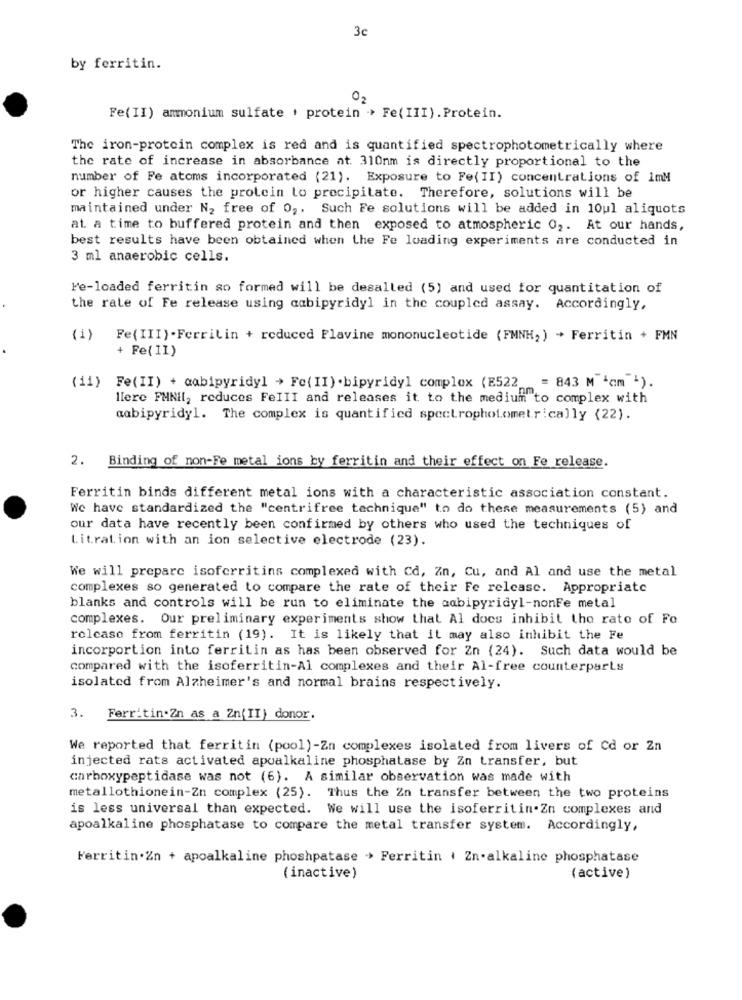
3c
by ferritin.
0,
Fe(II) ammonium sulfate . protein -> Fe( III). Protein.
The iron-protein complex is red and is quantified spectrophotometrically where
the rate of increase in absorbance at. 310nm is directly proportional to the
number of Fe atoms incorporated (21). Exposure to Fe(II) concentrations of 1mM
or higher causes the protein to precipitate. Therefore, solutions will be
maintained under N2 free of 0 ,. Such Fe solutions will be added in 10ul aliquots
at. a time to buffered protein and then exposed to atmospheric 02. At our hands,
best results have been obtained when the Fe loading experiments are conducted in
3 ml anaerobic cells.
Fe-loaded ferritin so formed will be desalled (5) and used for quantitation of
the rate of Fe release using cabipyridyl in the coupled assay. Accordingly,
(i)
Fe(III).Ferritin + reduced Flavine mononucleotide (FMNH;) + Ferritin + FMN
+ Fe( II)
(11) Fe(II) + aabipyridyl > Fe( II) . bipyridyl complex (E522 = 843 M 'cm ').
llere FMNil, reduces FeIII and releases it to the medium to complex with
aabipyridyl. The complex is quantified spectrophotometrically (22).
2. Binding of non-Fe metal ions by ferritin and their effect on Fe release.
Ferritin binds different metal ions with a characteristic association constant.
We have standardized the "centrifree technique" to do these measurements (5) and
our data have recently been confirmed by others who used the techniques of
Litration with an ion selective electrode (23).
We will prepare isoferritins complexed with Cd, Zn, Cu, and Al and use the metal
complexes so generated to compare the rate of their Fe release. Appropriate
blanks and controls will be run to eliminate the cabipyridyl-nonFe metal
complexes. Our preliminary experiments show that Al docs inhibit tho rate of Fo
rolcaso from ferritin (19). It is likely that it may also inhibit the Fe
incorportion into ferritin as has been observed for Zn (24). Such data would be
compared with the isoferritin-Al complexes and their Al-free counterparts
isolated from Alzheimer's and normal brains respectively.
3. Ferritin.Zn as a Zn(II) donor.
We reported that ferritin (pool)-Zn complexes isolated from livers of Cd or Zn
injected rats activated apualkaline phosphatase by Zn transfer, but
carboxypeptidase was not (6). A similar observation was made with
metallothionein-Zn complex (25). Thus the Zn transfer between the two proteins
is less universal than expected. We will use the isoferritin.Zn complexes and
apoalkaline phosphatase to compare the metal transfer system. Accordingly,
Ferritin.Zn + apoalkaline phoshpatase > Ferritin . Zn.alkaline phosphatase
(inactive)
(active )